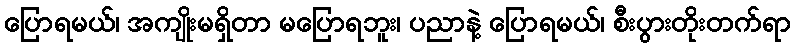
ပြောရမယ်၊ အကျိုးမရှိတာ မပြောရဘူး၊ ပညာနဲ့ ပြောရမယ်၊ စီးပွားတိုးတက်ရာ